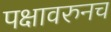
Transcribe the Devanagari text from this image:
पक्षावरुनच